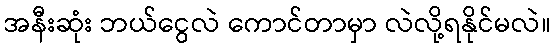
အနီးဆုံး ဘယ်ငွေလဲ ကောင်တာမှာ လဲလို့ရနိုင်မလဲ။